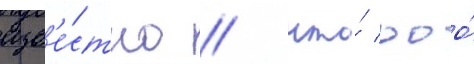
изв'е́стно / что́ ооо́